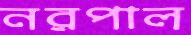
নরপাল